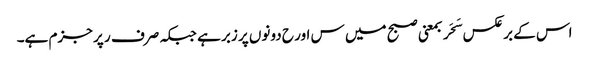
اس کے برعکس سَحَر بمعنی صبح میں س اور ح دونوں پر زبر ہے جبکہ صرف ر پر جزم ہے۔